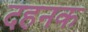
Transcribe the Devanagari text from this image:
दहनक